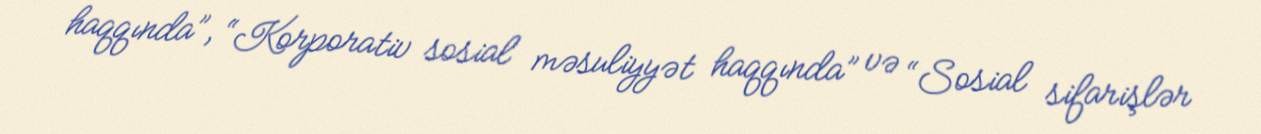
haqqında”, “Korporativ sosial məsuliyyət haqqında” və “Sosial sifarişlər